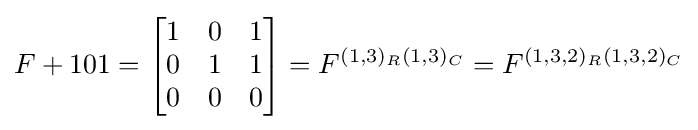
F+101={\begin{bmatrix}1&0&1\\0&1&1\\0&0&0\end{bmatrix}}=F^{(1,3)_{R}(1,3)_{C}}=F^{(1,3,2)_{R}(1,3,2)_{C}}